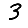
Digit: 3